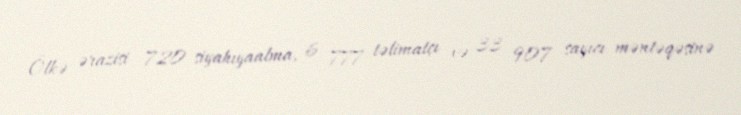
Ölkə ərazisi 720 siyahıyaalma, 6 777 təlimatçı və 33 907 sayıcı məntəqəsinə